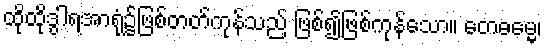
ထိုထိုဒွါရအာရုံ၌ဖြစ်တတ်ကုန်သည် ဖြစ်၍ဖြစ်ကုန်သော။ တေဓမ္မေ၊